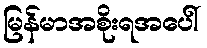
မြန်မာအစိုးရအပေါ်